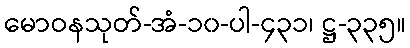
မောဝနသုတ်-အံ-၁၀-ပါ-၄၃၁၊ ဋ္ဌ-၃၃၅။